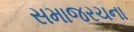
સમાજરચના